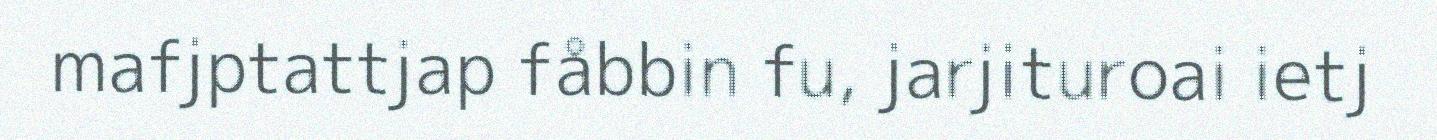
mafjptattjap fåbbin fu, jarjituroai ietj